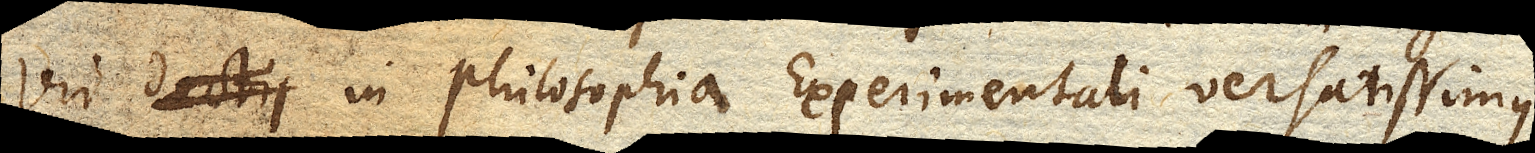
vir in philosophia Experimentali versatissimus